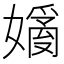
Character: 𡡗